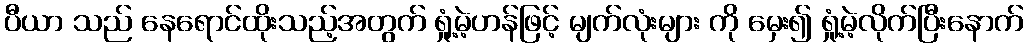
ပီယာ သည် နေရောင်ထိုးသည့်အတွက် ရှုံ့မဲ့ဟန်ဖြင့် မျက်လုံးများ ကို မှေး၍ ရှုံ့မဲ့လိုက်ပြီးနောက်